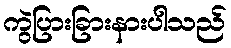
ကွဲပြားခြားနားပါသည်